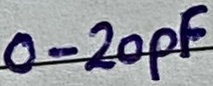
Text: 0-20pF